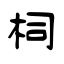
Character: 柌